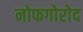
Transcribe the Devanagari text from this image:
नोफगोरोद